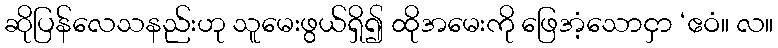
ဆိုပြန်လေသနည်းဟု သူမေးဖွယ်ရှိ၍ ထိုအမေးကို ဖြေအံ့သောငှာ ‘ဧဝံ။ လ။